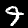
Label: 9